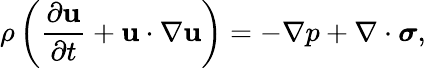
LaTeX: \rho\left(\frac{\partial\mathbf{u}}{\partial t}+\mathbf{u}\cdot\nabla\mathbf{u}\right)=-\nabla p+\nabla\cdot\boldsymbol\sigma,